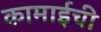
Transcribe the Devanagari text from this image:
कामाईची